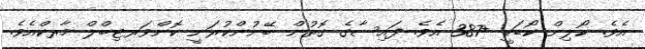
އެވެ. ކޯލިން ކޯޑަކީ +387 އެވެ. ފައިސާގެ ގޮތުން ބޭނުންކުރަނީ ކޮންވަރޓިބްލް މާރކްއެވެ.